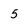
Character: 5